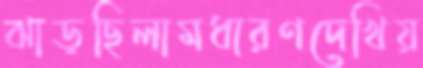
ঝাড়ছিলামধারণদেখিয়